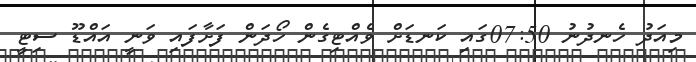
މިއަދު ހެނދުނު 07:50ގައި ކަނޑަށް ވެއްޓިގެން ހޯދަން ފަށާފައި ވަނީ އައްޑޫ ސިޓީ